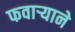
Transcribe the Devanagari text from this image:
फवार्‍याने